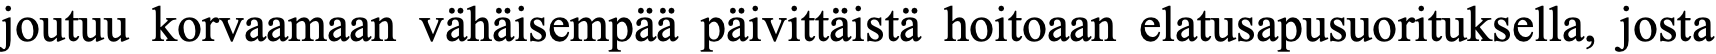
joutuu korvaamaan vähäisempää päivittäistä hoitoaan elatusapusuorituksella, josta